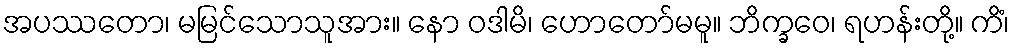
အပဿတော၊ မမြင်သောသူအား။ နော ဝဒါမိ၊ ဟောတော်မမူ။ ဘိက္ခဝေ၊ ရဟန်းတို့။ ကိံ၊